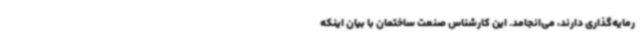
رمایه‌گذاری دارند، می‌انجامد. این کارشناس صنعت ساختمان با بیان اینکه